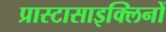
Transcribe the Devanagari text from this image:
प्रास्टासाइक्लिनों